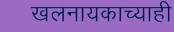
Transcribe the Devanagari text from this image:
खलनायकाच्याही